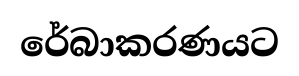
රේබාකරණයට